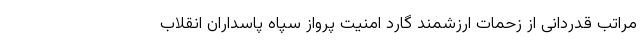
مراتب قدردانی از زحمات ارزشمند گارد امنیت پرواز سپاه پاسداران انقلاب